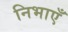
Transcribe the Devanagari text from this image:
निभाएँ